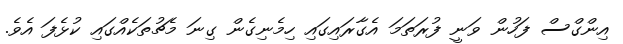
އިންގްސް ފަހުން ވަނީ ފުރަތަމަ އެގާރައިގައި ހިމެނިގެން ގިނަ މެޗުތަކެއްގައި ކުޅެފަ އެވެ.